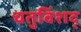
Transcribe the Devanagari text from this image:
चतुविंशद्